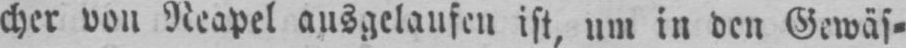
cher von Neapel ausgelaufen ist, um in den Gewäs⸗